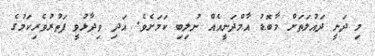
މި ދަނީ ދައުލަތަށް މާބޮޑު އާމްދަނީއެއް ނުލިބި ކަމަށެވެ. އަދި ވިދާޅުވީ ފަތުރުވެރިކަމުގެ